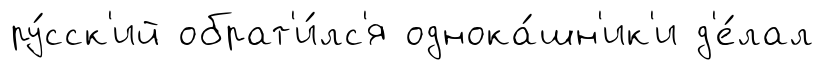
ру́сск'ий обрат'и́лс'я однока́шн'ик'и д'е́лал